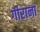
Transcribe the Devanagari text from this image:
गीराना